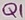
Text: Q1